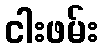
ငါးဖမ်း